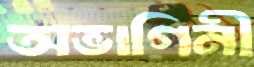
অভাগিনী